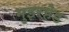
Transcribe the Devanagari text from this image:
मुइरहेड